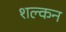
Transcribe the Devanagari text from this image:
शल्‍कन